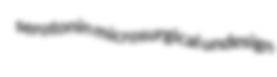
serotonin microsurgical undesign